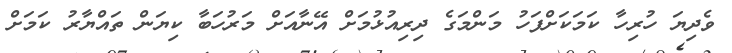
ވެދިޔަ ހުރިހާ ކަމަކަށްފަހު މަންމަގެ ދިރިއުޅުމަށް އޭނާއަށް މަރުހަބާ ކިޔަން ތައްޔާރު ކަމަށް